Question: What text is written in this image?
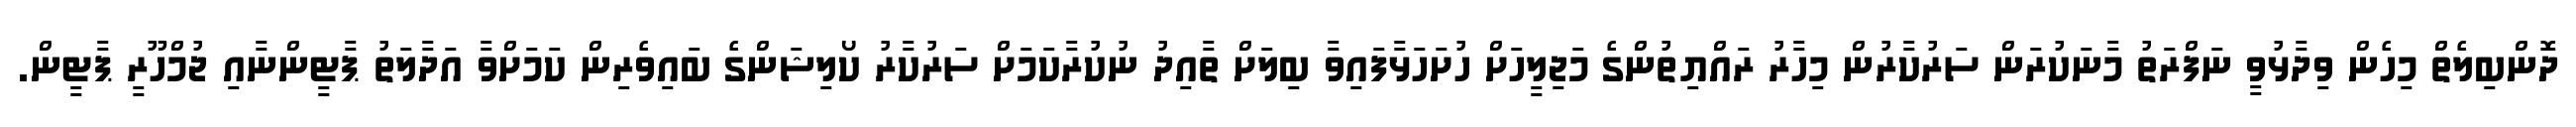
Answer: ދޮންބިލެތް މިހެން ވިދާޅުވީ ނަފްރަތު މާނަކުރަން ސަރުކާރުން މިހާރު ރައްޔިތުންގެ މަޖިލީހަށް ހުށަހަޅާފައިވާ ބިލަށް ތާއިދު ނުކުރާކަމަށް ސަރުކާރު ކޯލިޝަންގެ ބައިވެރިން ކަމަށްވާ އަދާލަތު ޕާޓީންނާއި ޖުމްހޫރީ ޕާޓީން.